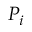
{ \mathbf { } } P _ { i }